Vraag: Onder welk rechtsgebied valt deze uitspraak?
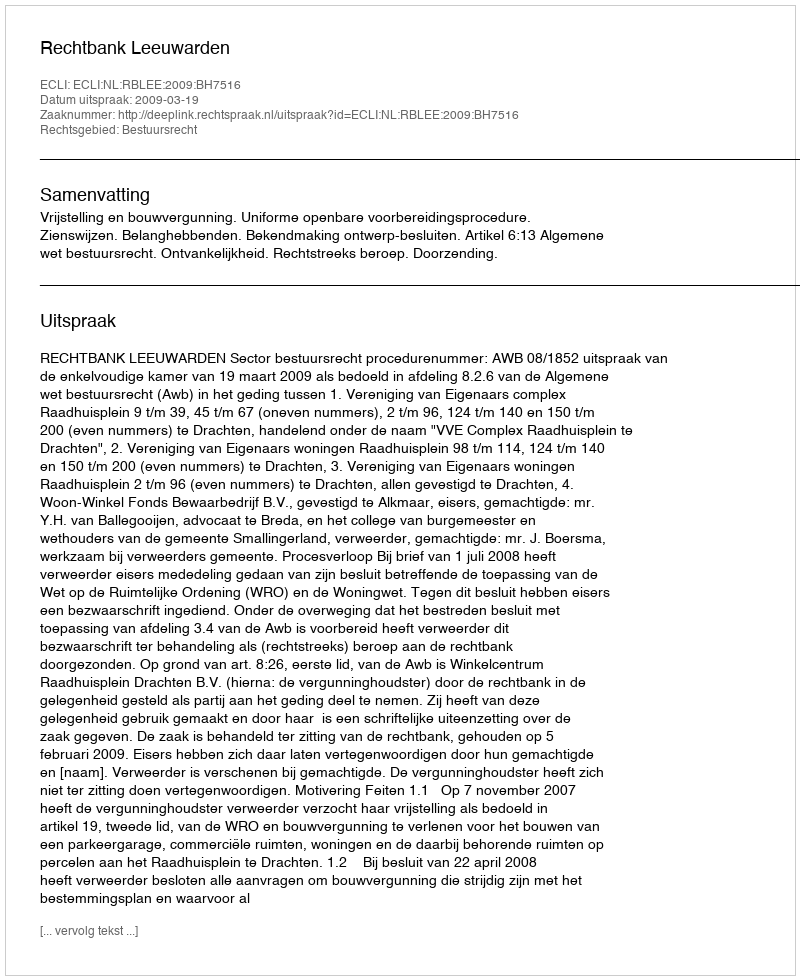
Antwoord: Bestuursrecht